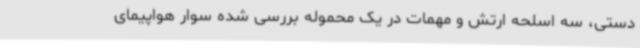
دستی، سه اسلحه ارتش و مهمات در یک محموله بررسی شده سوار هواپیمای